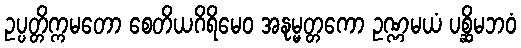
ဥပ္ပတ္တိက္ကမတော စေတိယဂိရိမေဝ အနုမ္မတ္တကော ဥဏ္ဏမယံ ပစ္ဆိမဘဝံ